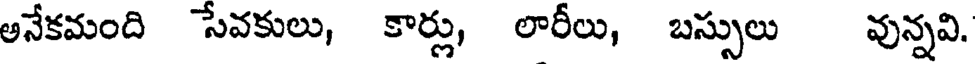
అనేకమంది సేవకులు, కార్లు, లారీలు, బస్సులు వున్నవి.